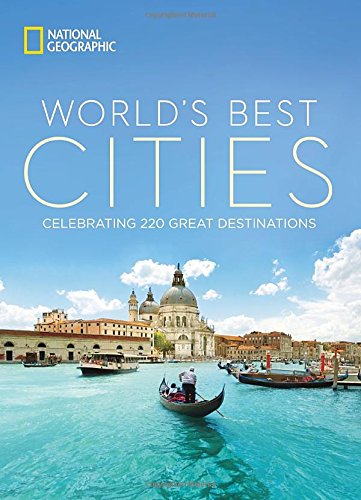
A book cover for World's Best Cities: Celebrating 220 Great Destinations; National Geographic; Politics & Social Sciences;